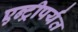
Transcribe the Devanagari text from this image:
एन्ट्रीपर्यंत